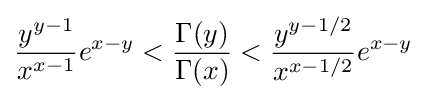
{\frac {y^{y-1}}{x^{x-1}}}e^{x-y}<{\frac {\Gamma (y)}{\Gamma (x)}}<{\frac {y^{y-1/2}}{x^{x-1/2}}}e^{x-y}